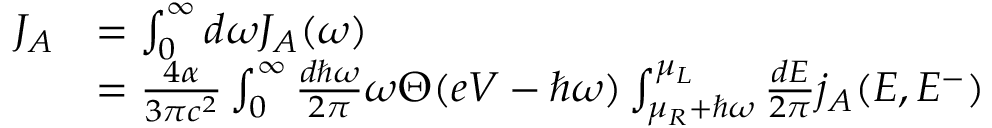
\begin{array} { r l } { J _ { A } } & { = \int _ { 0 } ^ { \infty } d \omega J _ { A } ( \omega ) } \\ & { = \frac { 4 \alpha } { 3 \pi c ^ { 2 } } \int _ { 0 } ^ { \infty } \frac { d \hbar \omega } { 2 \pi } \omega \Theta ( e V - \hbar \omega ) \int _ { \mu _ { R } + \hbar \omega } ^ { \mu _ { L } } \frac { d E } { 2 \pi } j _ { A } ( E , E ^ { - } ) } \end{array}